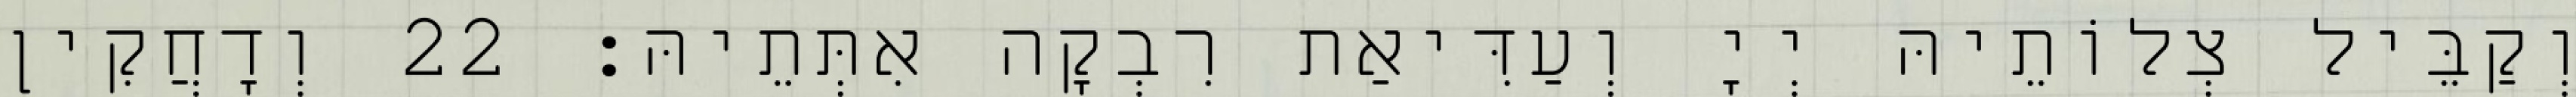
וְקַבֵּיל צְלוֹתֵיהּ יְיָ וְעַדִּיאַת רִבְקָה אִתְּתֵיהּ׃ 22 וְדָחֲקִין